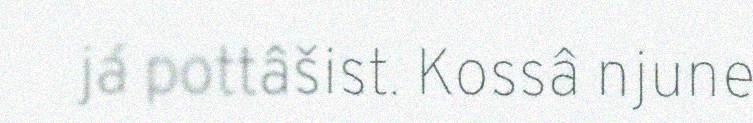
já pottâšist. Kossâ njune